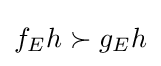
f_{E}h\succ g_{E}h